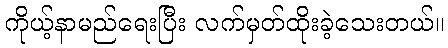
ကိုယ့်နာမည်ရေးပြီး လက်မှတ်ထိုးခဲ့သေးတယ်။